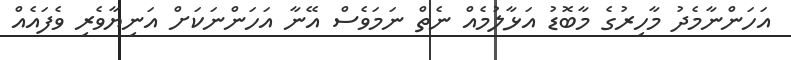
އަހަންނާމެދު މާހިރުގެ މާބޮޑު އަޅާލުމެއް ނެތް ނަމަވެސް އޭނާ އަހަންނަކަށް އަނިޔާވެރި ވެފައެއް